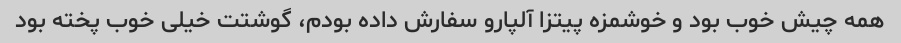
همه چیش خوب بود و خوشمزه پیتزا آلپارو سفارش داده بودم، گوشتت خیلی خوب پخته بود